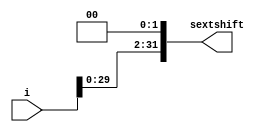
module sextandshift(
    input [31:0] i,
    output [31:0] sextshift
    );

    assign sextshift = i << 2;

endmodule